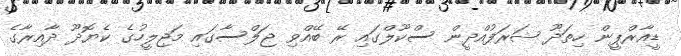
ޑީއާރްޕީން ހިތަދޫ ޝަރަފުއްދީން ސްކޫލްގައި ރޭ ބޭއްވި ޖަލްސާގައި މަޖިލީހުގެ ކެޔޮދޫ ދާއިރާގެ